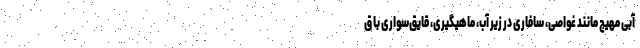
آبی مهیج مانند غواصی، سافاری در زیر آب، ماهیگیری، قایق‌سواری با ق